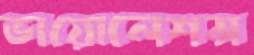
ভায়োলেশন্স